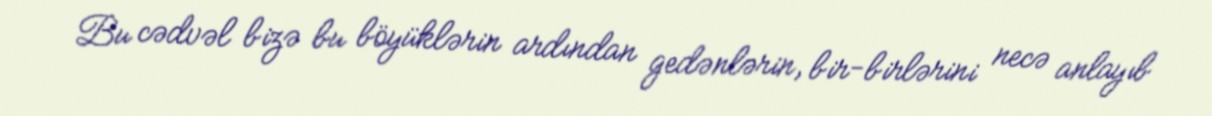
Bu cədvəl bizə bu böyüklərin ardından gedənlərin, bir-birlərini necə anlayıb